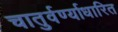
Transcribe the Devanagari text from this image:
चातुर्वर्ण्याधारित